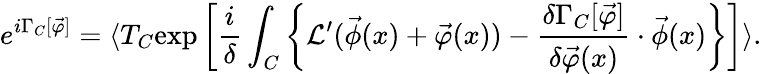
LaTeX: e^{i\Gamma_{C}[\vec{\varphi}]}=\langle T_{C}\mathrm{exp}\left[\frac{i}{\delta}\int_{C}\left\{ {\cal L}^{\prime}(\vec{\phi}(x)+\vec{\varphi}(x))-\frac{\delta\Gamma_{C}[\vec{\varphi}]}{\delta\vec{\varphi}(x)}\cdot\vec{\phi}(x)\right\} \right]\rangle.